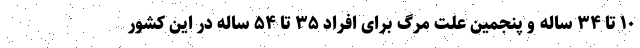
۱۰ تا ۳۴ ساله و پنجمین علت مرگ برای افراد ۳۵ تا ۵۴ ساله در این کشور